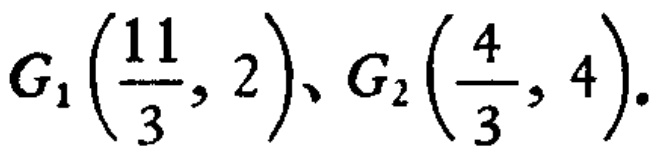
\(G_{1}\left(\frac{11}{3}, 2\right)、G_{2}\left(\frac{4}{3}, 4\right).\)